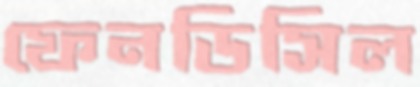
ফেনডিসিল